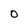
Character: 0